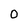
Character: 0